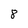
Character: 8